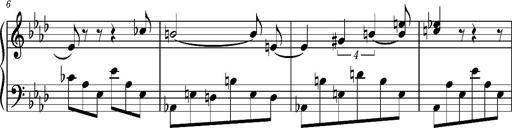
Title: Album-Leaf 'Freudvoll und leidvoll', S.166n
Composer: Franz Liszt
Key: A-flat major